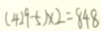
( 4 2 9 - 5 ) \times 2 = 8 4 8